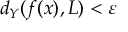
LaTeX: d _ { Y } ( f ( x ) , L ) < \varepsilon